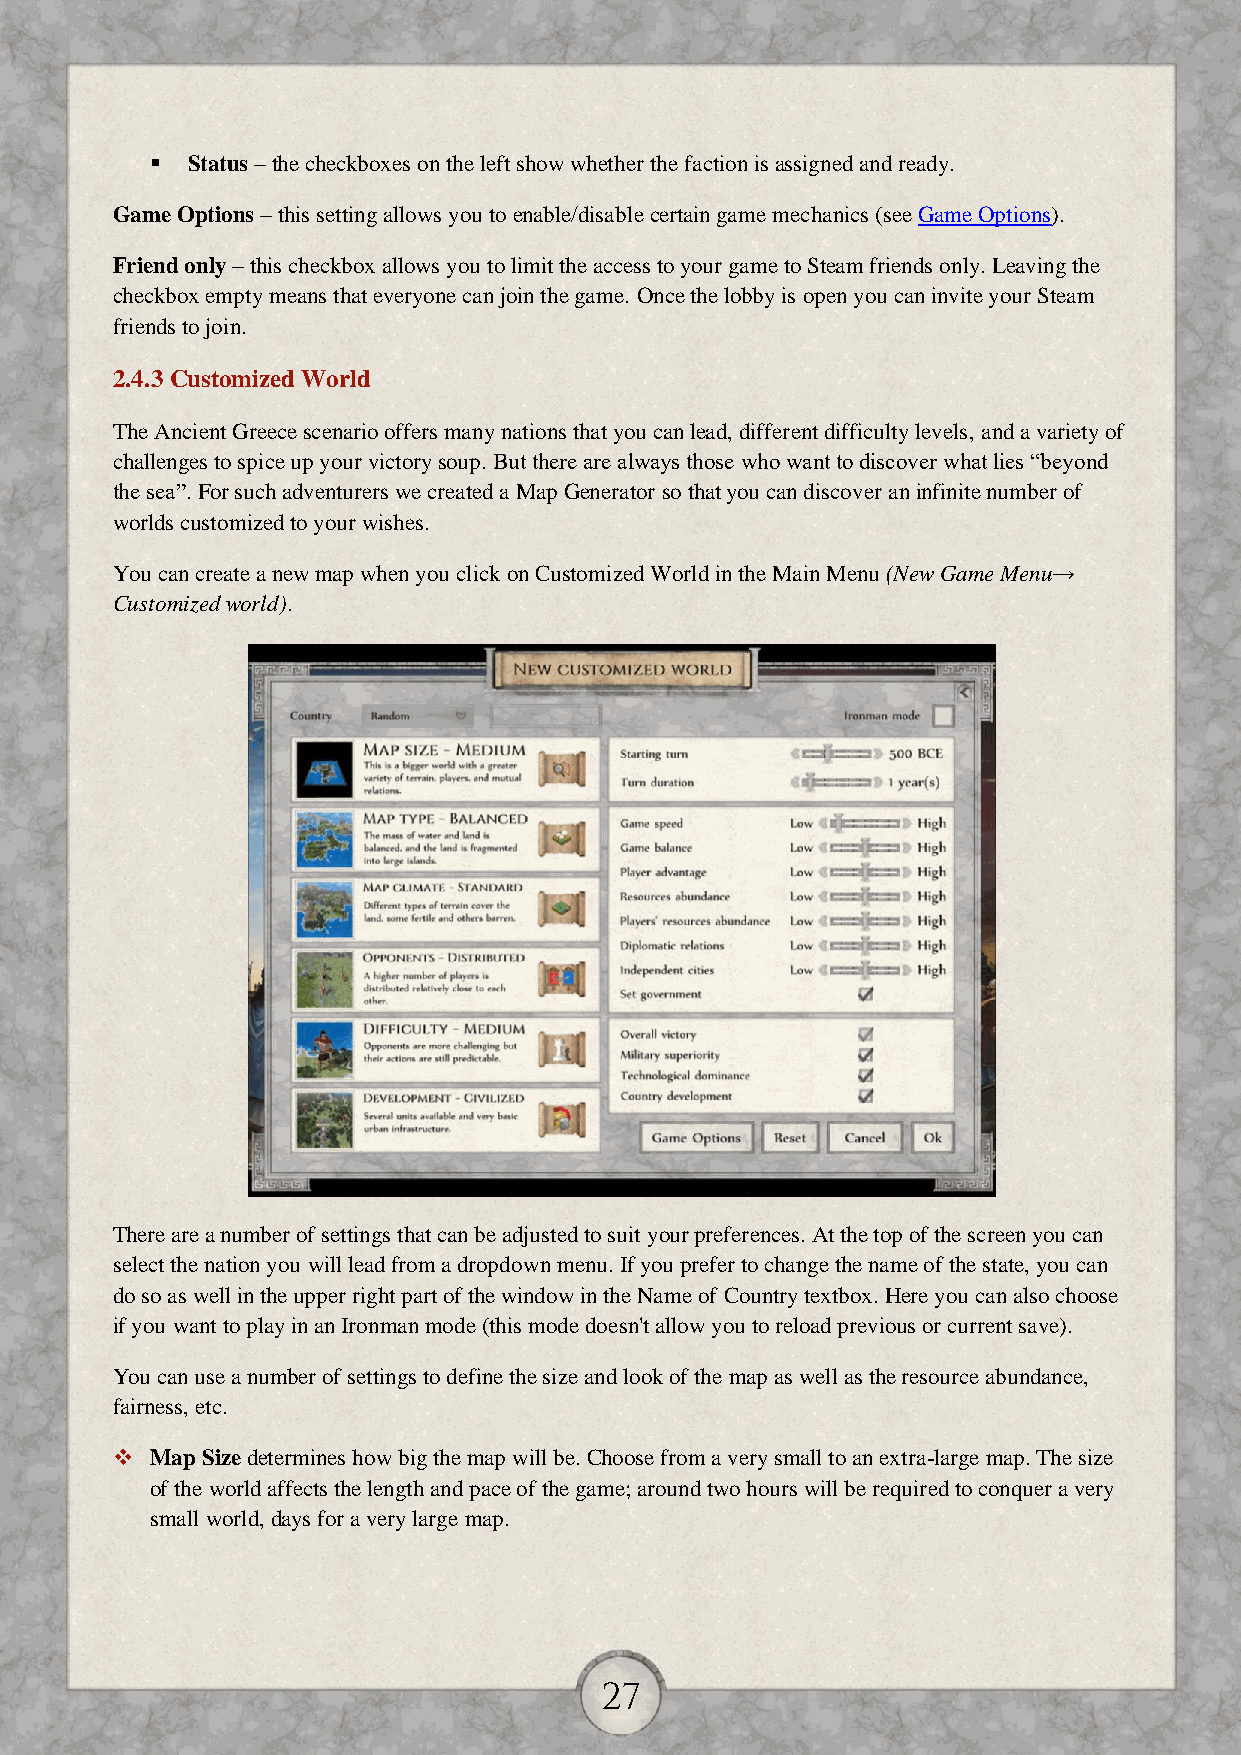
 Status – the checkboxes on the left show whether the faction is assigned and ready.
 Game Options – this setting allows you to enable/disable certain game mechanics (see Game Options).
 Friend only – this checkbox allows you to limit the access to your game to Steam friends only. Leaving the
 checkbox empty means that everyone can join the game. Once the lobby is open you can invite your Steam
 friends to join.
 2.4.3 Customized World
 The Ancient Greece scenario offers many nations that you can lead, different difficulty levels, and a variety of
 challenges to spice up your victory soup. But there are always those who want to discover what lies “beyond
 the sea”. For such adventurers we created a Map Generator so that you can discover an infinite number of
 worlds customized to your wishes.
 You can create a new map when you click on Customized World in the Main Menu (New Game Menu→
 Customized world).
 There are a number of settings that can be adjusted to suit your preferences. At the top of the screen you can
 select the nation you will lead from a dropdown menu. If you prefer to change the name of the state, you can
 do so as well in the upper right part of the window in the Name of Country textbox. Here you can also choose
 if you want to play in an Ironman mode (this mode doesn't allow you to reload previous or current save).
 You can use a number of settings to define the size and look of the map as well as the resource abundance,
 fairness, etc.
   Map Size determines how big the map will be. Choose from a very small to an extra-large map. The size
 of the world affects the length and pace of the game; around two hours will be required to conquer a very
 small world, days for a very large map.
 27